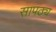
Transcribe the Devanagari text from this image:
सापठ्य